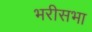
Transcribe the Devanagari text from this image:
भरीसभा